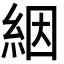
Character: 絪